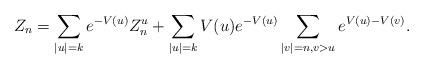
LaTeX: \begin{align*} Z_n = \sum_{|u|=k} e^{-V(u)} Z^u_{n} + \sum_{|u|=k} V(u)e^{-V(u)} \sum_{|v|=n,v>u} e^{V(u)-V(v)}.\end{align*}